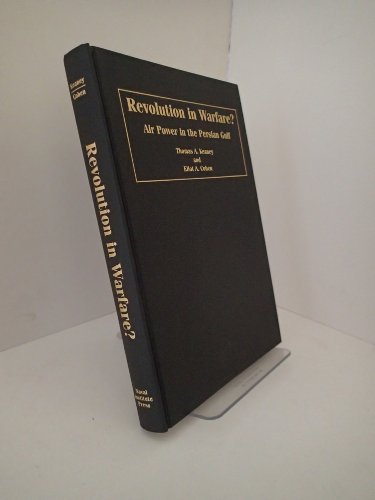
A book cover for Revolution in Warfare?: Air Power in the Persian Gulf; Thomas A. Keaney; History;